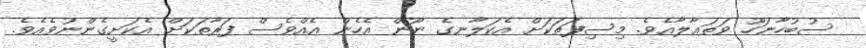
ސުބުހާނަހޫ ވަތަޢާލާއެވެ. މިސިފަތަކަށް އެކަލާނގެ ނޫން އެހެން އެއްވެސް ފަރާތަކަށް އެކަށީގެންނުވެއެވެ.